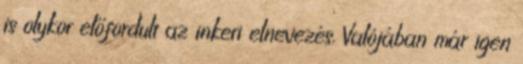
is olykor előfordult az inkeri elnevezés. Valójában már igen